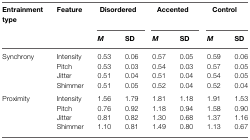
| Entrainment type | Feature | <COLSPAN=2> Disordered | <COLSPAN=2> Accented | <COLSPAN=2> Control |
 |  |  | M | SD | M | SD | M | SD |
 | --- | --- | --- | --- | --- | --- | --- | --- |
 | Synchrony | Intensity | 0.53 | 0.06 | 0.57 | 0.05 | 0.59 | 0.06 |
 |  | Pitch | 0.53 | 0.03 | 0.54 | 0.03 | 0.57 | 0.05 |
 |  | Jitter | 0.51 | 0.04 | 0.51 | 0.04 | 0.54 | 0.05 |
 |  | Shimmer | 0.51 | 0.05 | 0.52 | 0.04 | 0.52 | 0.04 |
 | Proximity | Intensity | 1.56 | 1.79 | 1.81 | 1.18 | 1.91 | 1.53 |
 |  | Pitch | 0.76 | 0.92 | 1.18 | 0.94 | 1.58 | 0.90 |
 |  | Jitter | 0.81 | 0.82 | 1.30 | 0.68 | 1.37 | 1.16 |
 |  | Shimmer | 1.10 | 0.81 | 1.49 | 0.80 | 1.13 | 0.67 |